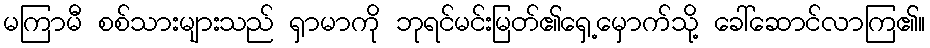
မကြာမီ စစ်သားများသည် ရှာမာကို ဘုရင်မင်းမြတ်၏ရှေ့မှောက်သို့ ခေါ်ဆောင်လာကြ၏။